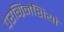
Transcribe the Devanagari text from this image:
पेरेग्रिनेशियो